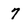
Character: 7